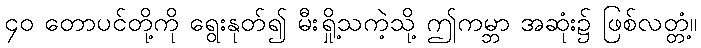
၄၀ တောပင်တို့ကို ရွေးနုတ်၍ မီးရှို့သကဲ့သို့ ဤကမ္ဘာ အဆုံး၌ ဖြစ်လတ္တံ့။